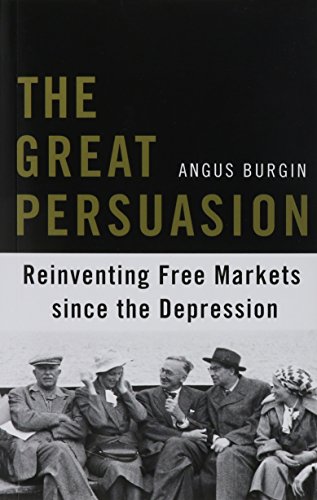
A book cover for The Great Persuasion: Reinventing Free Markets since the Depression; Angus Burgin; Business & Money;